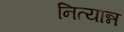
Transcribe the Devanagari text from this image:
नित्यान्न